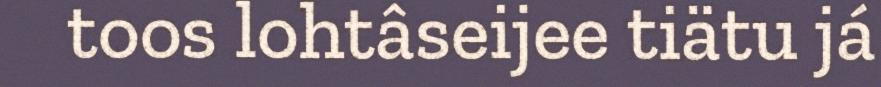
toos lohtâseijee tiätu já